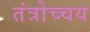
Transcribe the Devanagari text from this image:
तंत्रोच्चय